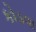
કોડવા